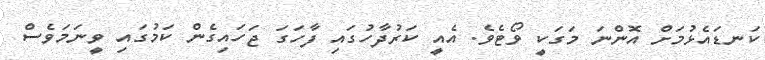
ކަނޑައެޅުމަށް އޮންނަ މަގަކީ ވޯޓެވެ. އެއީ ކަރުދާހުގައި ފާހަގަ ޖަހައިގެން ކަމުގައި ވީނަމަވެސް